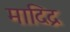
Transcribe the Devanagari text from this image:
मादिद्र